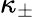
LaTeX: \kappa_{\pm}